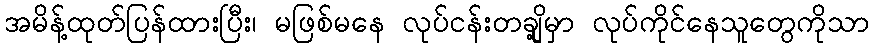
အမိန့်ထုတ်ပြန်ထားပြီး၊ မဖြစ်မနေ လုပ်ငန်းတချို့မှာ လုပ်ကိုင်နေသူတွေကိုသာ